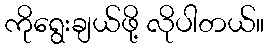
ကိုရွေးချယ်ဖို့ လိုပါတယ်။